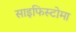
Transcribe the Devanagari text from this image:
साइफिस्टोमा